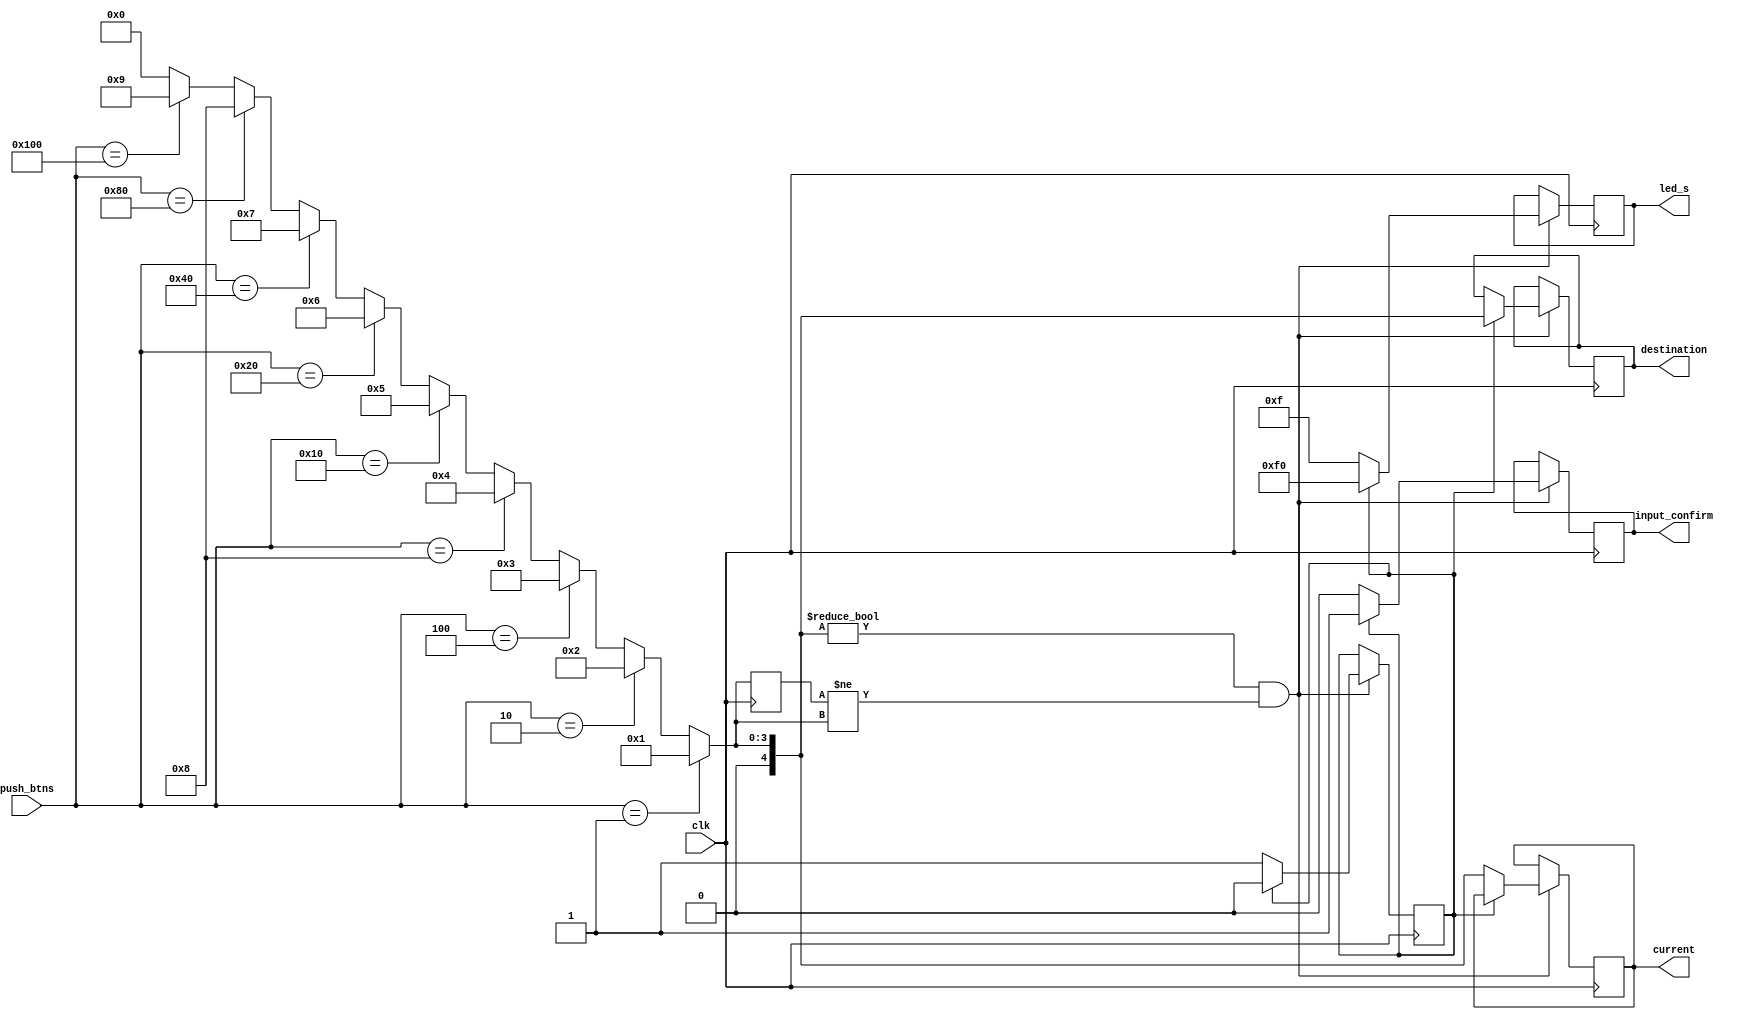
module elevator_control_push_btns(clk, push_btns, led_s,
											 current, destination, input_confirm);

	input clk;
	input [8:0] push_btns;
	
	output [7:0] led_s;
	reg [7:0] led_sx;
	
	output [4:0] current;
	output [4:0] destination;
	reg [4:0] current_reg;
	reg [4:0] destination_reg;
		 
	wire [4:0] __what_button;
	reg [4:0] prev_what_button;
	
	output input_confirm;	//confirm push btn current and dest
	reg input_confirm;
	
	reg input_status;
	
	assign current = current_reg;
	assign destination = destination_reg;
	
	assign led_s = led_sx;
	
	initial
	begin
		current_reg = 9'b000000001;
		destination_reg = 9'b000000001;

		prev_what_button = 0;
		
		input_confirm = 1'b0;
		input_status = 1'b0;
		
		led_sx = 8'b11110000;
	end
	
	assign __what_button = (push_btns == 9'b000000001) ? 1 :
								  (push_btns == 9'b000000010) ? 2 :
								  (push_btns == 9'b000000100) ? 3 :
								  (push_btns == 9'b000001000) ? 4 :
								  (push_btns == 9'b000010000) ? 5 :
								  (push_btns == 9'b000100000) ? 6 :
								  (push_btns == 9'b001000000) ? 7 :
								  (push_btns == 9'b010000000) ? 8 :
								  (push_btns == 9'b100000000) ? 9 :
								  0;
								  
	always @(posedge clk)
	begin
		
		if(__what_button != 0 && prev_what_button != __what_button) begin
	
			if (input_status == 1'b0) begin
				current_reg = __what_button;
				
				led_sx = 8'b00001111;
				input_status = 1'b1;
				input_confirm = 1'b0;
			end
			else begin
				destination_reg = __what_button;
				
				led_sx = 8'b11110000;
				input_status = 1'b0;
				input_confirm = 1'b1;	//generate posedge
			end
			
		end
		
		prev_what_button = __what_button;
	end
	
endmodule